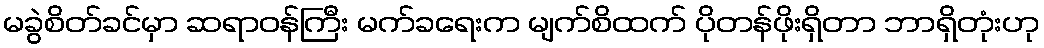
မခွဲစိတ်ခင်မှာ ဆရာဝန်ကြီး မက်ခရေးက မျက်စိထက် ပိုတန်ဖိုးရှိတာ ဘာရှိတုံးဟု